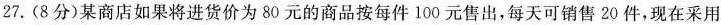
27. (8分)某商店如果将进货价为80元的商品按每件100元售出，每天可销售20件，现在采用